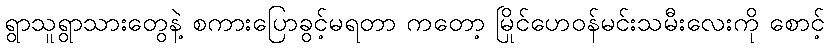
ရွာသူရွာသားတွေနဲ့ စကားပြောခွင့်မရတာ ကတော့ မြိုင်ဟေဝန်မင်းသမီးလေးကို စောင့်